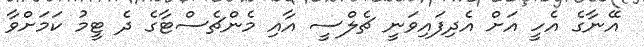
އޭނާގެ އެހީ އަށް އެދިފައިވަނީ ޗެލްސީ އާއި މެންޗެސްޓާގެ ދެ ޓީމު ކަމަށްވާ